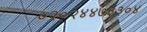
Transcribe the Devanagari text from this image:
०२०२४४७३३०४